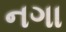
નગા